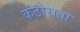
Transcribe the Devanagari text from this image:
कठोराता